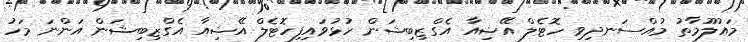
މައުލޫމާތު މުއްސަނދިވި ހޮޓެލް އޭޝިއާ އެގްޒިބިޝަން ހުޅުވައިފިހޮޓެލް އޭޝިއާ އެގްޒިބިޝަން އަންނަ މަހު